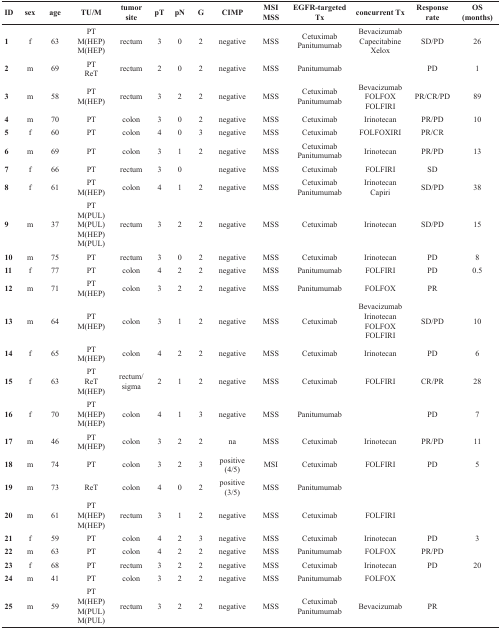
<table><thead><tr><td><b>ID</b></td><td><b>sex</b></td><td><b>age</b></td><td><b>TU/M</b></td><td><b>tumor site</b></td><td><b>pT</b></td><td><b>pN</b></td><td><b>G</b></td><td><b>CIMP</b></td><td><b>MSI MSS</b></td><td><b>EGFR-targeted Tx</b></td><td><b>concurrent Tx</b></td><td><b>Response rate</b></td><td><b>OS (months)</b></td></tr></thead><tbody><tr><td><b>1</b></td><td>f</td><td>63</td><td>PT M(HEP) M(HEP)</td><td>rectum</td><td>3</td><td>0</td><td>2</td><td>negative</td><td>MSS</td><td>Cetuximab Panitumumab</td><td>Bevacizumab Capecitabine Xelox</td><td>SD/PD</td><td>26</td></tr><tr><td><b>2</b></td><td>m</td><td>69</td><td>PT ReT</td><td>rectum</td><td>2</td><td>0</td><td>2</td><td>negative</td><td>MSS</td><td>Panitumumab</td><td></td><td>PD</td><td>1</td></tr><tr><td><b>3</b></td><td>m</td><td>58</td><td>PT M(HEP)</td><td>rectum</td><td>3</td><td>2</td><td>2</td><td>negative</td><td>MSS</td><td>Cetuximab Panitumumab</td><td>Bevacizumab FOLFOX FOLFIRI</td><td>PR/CR/PD</td><td>89</td></tr><tr><td><b>4</b></td><td>m</td><td>70</td><td>PT</td><td>colon</td><td>3</td><td>0</td><td>2</td><td>negative</td><td>MSS</td><td>Cetuximab</td><td>Irinotecan</td><td>PR/PD</td><td>10</td></tr><tr><td><b>5</b></td><td>f</td><td>60</td><td>PT</td><td>colon</td><td>4</td><td>0</td><td>3</td><td>negative</td><td>MSS</td><td>Cetuximab</td><td>FOLFOXIRI</td><td>PR/CR</td><td></td></tr><tr><td><b>6</b></td><td>m</td><td>69</td><td>PT</td><td>colon</td><td>3</td><td>1</td><td>2</td><td>negative</td><td>MSS</td><td>Cetuximab Panitumumab</td><td>Irinotecan</td><td>PR/PD</td><td>13</td></tr><tr><td><b>7</b></td><td>f</td><td>66</td><td>PT</td><td>rectum</td><td>3</td><td>0</td><td></td><td>negative</td><td>MSS</td><td>Cetuximab</td><td>FOLFIRI</td><td>SD</td><td></td></tr><tr><td><b>8</b></td><td>f</td><td>61</td><td>PT M(HEP)</td><td>colon</td><td>4</td><td>1</td><td>2</td><td>negative</td><td>MSS</td><td>Cetuximab Panitumumab</td><td>Irinotecan Capiri</td><td>SD/PD</td><td>38</td></tr><tr><td><b>9</b></td><td>m</td><td>37</td><td>PT M(PUL) M(PUL) M(HEP) M(PUL)</td><td>rectum</td><td>3</td><td>2</td><td>2</td><td>negative</td><td>MSS</td><td>Cetuximab</td><td>Irinotecan</td><td>SD/PD</td><td>15</td></tr><tr><td><b>10</b></td><td>m</td><td>75</td><td>PT</td><td>rectum</td><td>3</td><td>0</td><td>2</td><td>negative</td><td>MSS</td><td>Cetuximab</td><td>Irinotecan</td><td>PD</td><td>8</td></tr><tr><td><b>11</b></td><td>f</td><td>77</td><td>PT</td><td>colon</td><td>4</td><td>2</td><td>2</td><td>negative</td><td>MSS</td><td>Panitumumab</td><td>FOLFIRI</td><td>PD</td><td>0.5</td></tr><tr><td><b>12</b></td><td>m</td><td>71</td><td>PT M(HEP)</td><td>colon</td><td>3</td><td>2</td><td>2</td><td>negative</td><td>MSS</td><td>Panitumumab</td><td>FOLFOX</td><td>PR</td><td></td></tr><tr><td><b>13</b></td><td>m</td><td>64</td><td>PT M(HEP)</td><td>colon</td><td>3</td><td>1</td><td>2</td><td>negative</td><td>MSS</td><td>Cetuximab</td><td>Bevacizumab Irinotecan FOLFOX FOLFIRI</td><td>SD/PD</td><td>10</td></tr><tr><td><b>14</b></td><td>f</td><td>65</td><td>PT M(HEP)</td><td>colon</td><td>4</td><td>2</td><td>2</td><td>negative</td><td>MSS</td><td>Cetuximab</td><td>Irinotecan</td><td>PD</td><td>6</td></tr><tr><td><b>15</b></td><td>f</td><td>63</td><td>PT ReT M(HEP)</td><td>rectum/sigma</td><td>2</td><td>1</td><td>2</td><td>negative</td><td>MSS</td><td>Cetuximab</td><td>FOLFIRI</td><td>CR/PR</td><td>28</td></tr><tr><td><b>16</b></td><td>f</td><td>70</td><td>PT M(HEP) M(HEP)</td><td>colon</td><td>4</td><td>1</td><td>3</td><td>negative</td><td>MSS</td><td>Panitumumab</td><td></td><td>PD</td><td>7</td></tr><tr><td><b>17</b></td><td>m</td><td>46</td><td>PT M(HEP)</td><td>colon</td><td>3</td><td>2</td><td>2</td><td>na</td><td>MSS</td><td>Cetuximab</td><td>Irinotecan</td><td>PR/PD</td><td>11</td></tr><tr><td><b>18</b></td><td>m</td><td>74</td><td>PT</td><td>colon</td><td>3</td><td>2</td><td>3</td><td>positive (4/5)</td><td>MSI</td><td>Cetuximab</td><td>FOLFIRI</td><td>PD</td><td>5</td></tr><tr><td><b>19</b></td><td>m</td><td>73</td><td>ReT</td><td>colon</td><td>4</td><td>0</td><td>2</td><td>positive (3/5)</td><td>MSS</td><td>Panitumumab</td><td></td><td></td><td></td></tr><tr><td><b>20</b></td><td>m</td><td>61</td><td>PT M(HEP) M(HEP)</td><td>rectum</td><td>3</td><td>1</td><td>2</td><td>negative</td><td>MSS</td><td>Cetuximab</td><td>FOLFIRI</td><td></td><td></td></tr><tr><td><b>21</b></td><td>f</td><td>59</td><td>PT</td><td>colon</td><td>4</td><td>2</td><td>3</td><td>negative</td><td>MSS</td><td>Cetuximab</td><td>Irinotecan</td><td>PD</td><td>3</td></tr><tr><td><b>22</b></td><td>m</td><td>63</td><td>PT</td><td>colon</td><td>4</td><td>2</td><td>2</td><td>negative</td><td>MSS</td><td>Panitumumab</td><td>FOLFOX</td><td>PR/PD</td><td></td></tr><tr><td><b>23</b></td><td>f</td><td>68</td><td>PT</td><td>rectum</td><td>3</td><td>2</td><td>2</td><td>negative</td><td>MSS</td><td>Cetuximab</td><td>Irinotecan</td><td>PD</td><td>20</td></tr><tr><td><b>24</b></td><td>m</td><td>41</td><td>PT</td><td>colon</td><td>3</td><td>2</td><td>2</td><td>negative</td><td>MSS</td><td>Panitumumab</td><td>FOLFOX</td><td></td><td></td></tr><tr><td><b>25</b></td><td>m</td><td>59</td><td>PT M(HEP) M(PUL) M(PUL)</td><td>rectum</td><td>3</td><td>2</td><td>2</td><td>negative</td><td>MSS</td><td>Cetuximab Panitumumab</td><td>Bevacizumab</td><td>PR</td><td></td></tr></tbody></table>